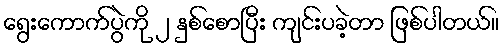
ရွေးကောက်ပွဲကို ၂ နှစ်စောပြီး ကျင်းပခဲ့တာ ဖြစ်ပါတယ်။